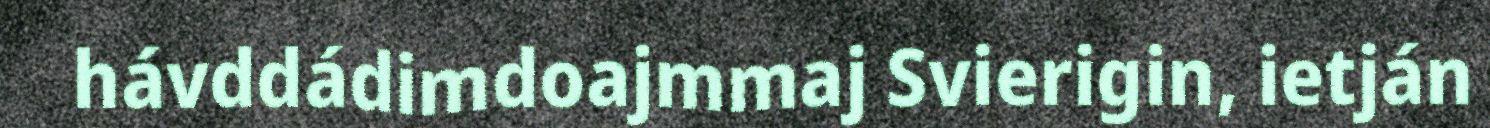
hávddádimdoajmmaj Svierigin, ietján